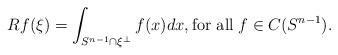
LaTeX: \begin{align*}Rf(\xi)=\int_{S^{n-1}\cap \xi^\bot} f(x) dx,\hbox{for all}\; f\in C(S^{n-1}).\end{align*}